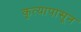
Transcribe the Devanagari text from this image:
कृत्यापासून